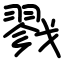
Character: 戮